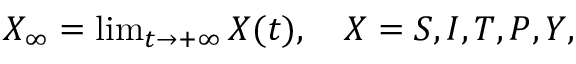
\begin{array} { r } { X _ { \infty } = \operatorname* { l i m } _ { t \to + \infty } X ( t ) , \quad X = S , I , T , P , Y , } \end{array}